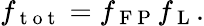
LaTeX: f_{\mathrm{~t~o~t~}}=f_{\mathrm{~F~P~}}f_{\mathrm{~L~}}.